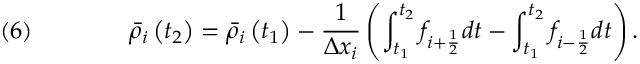
\quad ( 6 ) \qquad \qquad { \bar { \rho } } _ { i } \left( t _ { 2 } \right) = { \bar { \rho } } _ { i } \left( t _ { 1 } \right) - { \frac { 1 } { \Delta x _ { i } } } \left( \int _ { t _ { 1 } } ^ { t _ { 2 } } f _ { i + { \frac { 1 } { 2 } } } d t - \int _ { t _ { 1 } } ^ { t _ { 2 } } f _ { i - { \frac { 1 } { 2 } } } d t \right) .